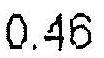
0.46